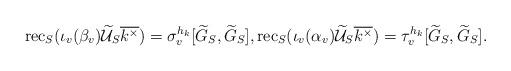
LaTeX: \begin{align*}\mathrm{rec}_S(\iota_v(\beta_v)\widetilde{\mathcal{U}}_S\overline{k^{\times}}) =\sigma_v^{h_k} [\widetilde{G}_S,\widetilde{G}_S] , \mathrm{rec}_S(\iota_v(\alpha_v)\widetilde{\mathcal{U}}_S\overline{k^{\times}}) =\tau_v^{h_k} [\widetilde{G}_S,\widetilde{G}_S] . \end{align*}